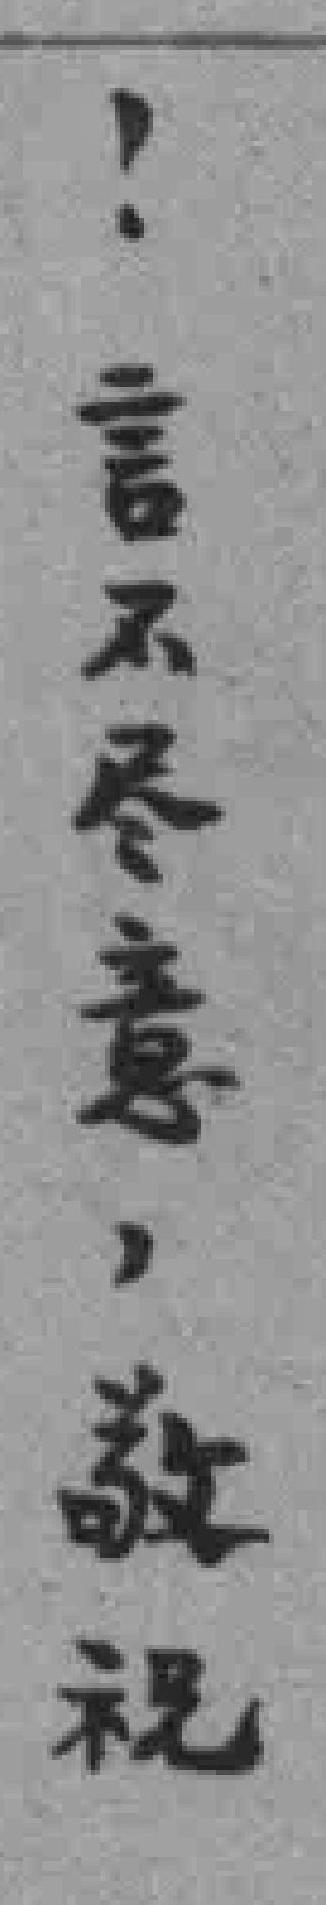
！言不尽意，敬祝